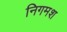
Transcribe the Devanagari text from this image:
निगमश